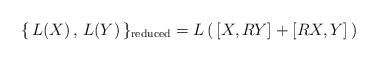
LaTeX: \begin{align*}\{ \, L(X)\, ,\, L(Y)\, \}_{\rm reduced}=L\, (\,[X,RY]+[RX,Y]\,)\end{align*}